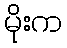
မိုးက